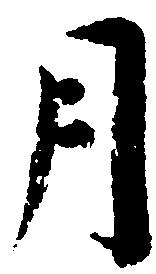
月